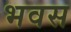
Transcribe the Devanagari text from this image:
भवस